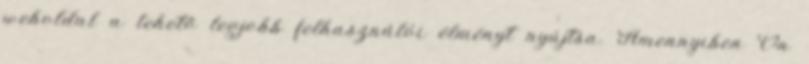
weboldal a lehető legjobb felhasználói élményt nyújtsa. Amennyiben Ön